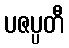
ပဇပ္ပတီ